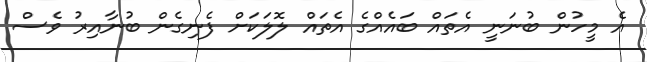
އެ މީހުން ބުނަނީ އެތައް ބައެއްގެ އެތައް ލޮލަކަށް ފެނިގެން ބުނާއިރު ވެސް